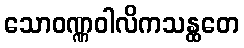
သောဝဏ္ဏဝါလိကသန္ထတေ